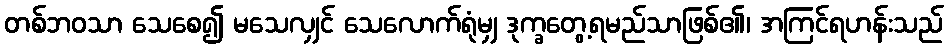
တစ်ဘဝသာ သေစေ၍ မသေလျှင် သေလောက်ရုံမျှ ဒုက္ခတွေ့ရမည်သာဖြစ်၏၊ အကြင်ရဟန်းသည်